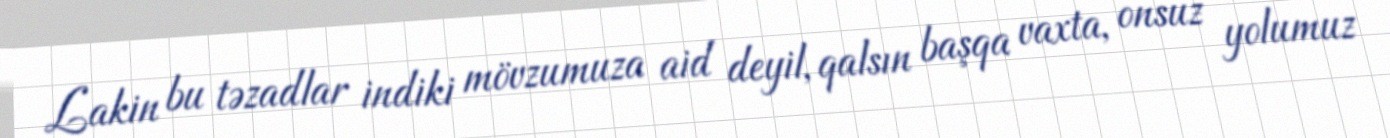
Lakin bu təzadlar indiki mövzumuza aid deyil, qalsın başqa vaxta, onsuz yolumuz